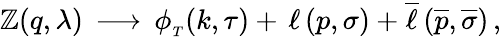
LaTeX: \mathbb{Z}(q,\lambda)\, \longrightarrow\, \phi_{_T}(k,\tau)+\, \ell\, (p,\sigma)+\overline{{{{\ell}}}}\, ({\overline{{{{p}}}}},\overline{{{{\sigma}}}})\, ,